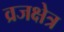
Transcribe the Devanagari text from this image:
व्रजक्षेत्र